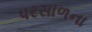
પરસાળના